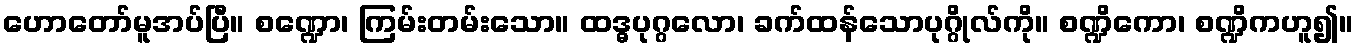
ဟောတော်မူအပ်ပြီ။ စဏ္ဍော၊ ကြမ်းတမ်းသော။ ထဒ္ဓပုဂ္ဂလော၊ ခက်ထန်သောပုဂ္ဂိုလ်ကို။ စဏ္ဍိကော၊ စဏ္ဍိကဟူ၍။